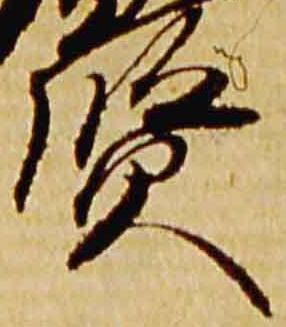
賢